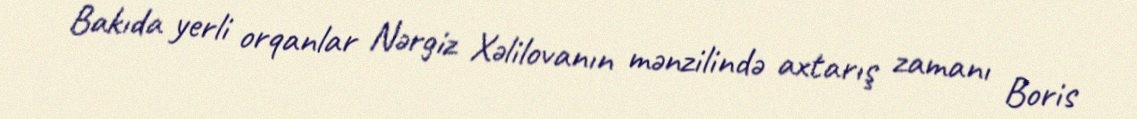
Bakıda yerli orqanlar Nərgiz Xəlilovanın mənzilində axtarış zamanı Boris